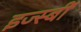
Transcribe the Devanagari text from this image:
इज्स्बीं